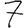
Digit: 7